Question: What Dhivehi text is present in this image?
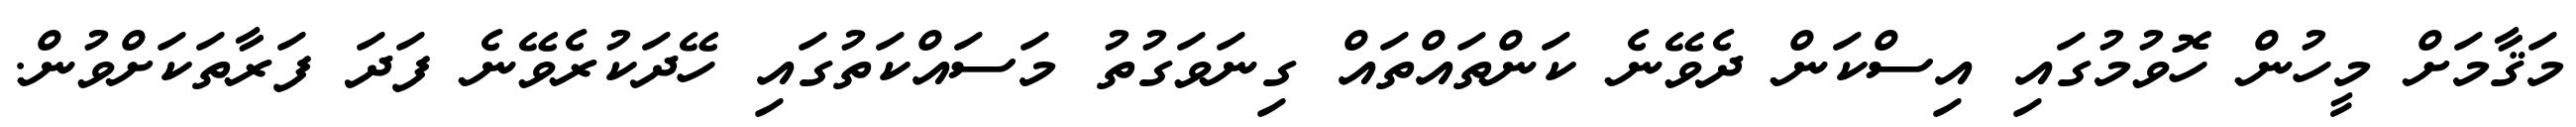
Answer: މަޤާމަށް މީހުން ހޮވުމުގައި އިސްކަން ދެވޭނެ ކަންތައްތައް ގިނަވަގުތު މަސައްކަތުގައި ހޭދަކުރެވޭނެ ފަދަ ފަރާތަކަށްވުން.